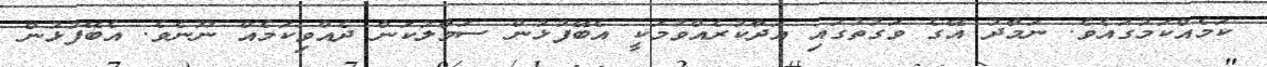
ކަމެއްކަމުގައެވެ. ނަމާދު އޭގެ ވަގުތުގައި އަދާކުރެއްވުމަކީ އެބޭފުޅުން ސަމާލުކަން ދެއްވިކަމެއް ނޫނެވެ. އެބޭފުޅުން